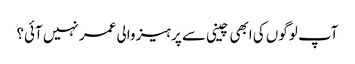
آپ لوگوں کی ابھی چینی سے پرہیز والی عمر نہیں آئی؟